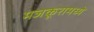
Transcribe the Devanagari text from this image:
मजकूरामध्ये